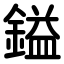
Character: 鎰